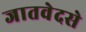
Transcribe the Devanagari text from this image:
जातवेदसे